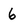
Character: 6